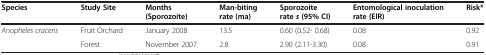
| Species | Study Site | Months (Sporozoite) | Man-biting rate (ma) | Sporozoite rate s (95% CI) | Entomological inoculation rate (EIR) | Risk* |
 | --- | --- | --- | --- | --- | --- | --- |
 | Anopheles cracens | Fruit Orchard | January 2008 | 13.5 | 0.60 (0.52- 0.68) | 0.08 | 0.92 |
 |  | Forest | November 2007 | 2.8 | 2.90 (2.11-3.30) | 0.08 | 0.91 |